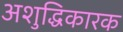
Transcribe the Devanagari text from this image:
अशुद्धिकारक